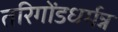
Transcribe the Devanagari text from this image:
तरिगोंडधर्मन्न